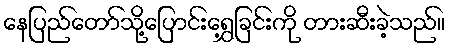
နေပြည်တော်သို့ပြောင်းရွှေ့ခြင်းကို တားဆီးခဲ့သည်။